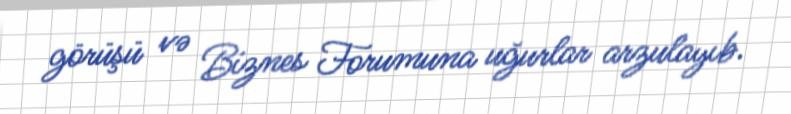
görüşü və Biznes Forumuna uğurlar arzulayıb.